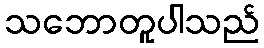
သဘောတူပါသည်